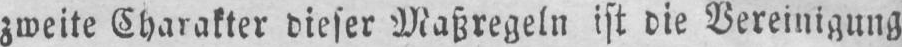
zweite Charakter dieser Maßregeln ist die Vereinigung